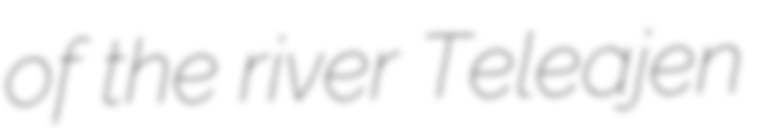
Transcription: of the river Teleajen